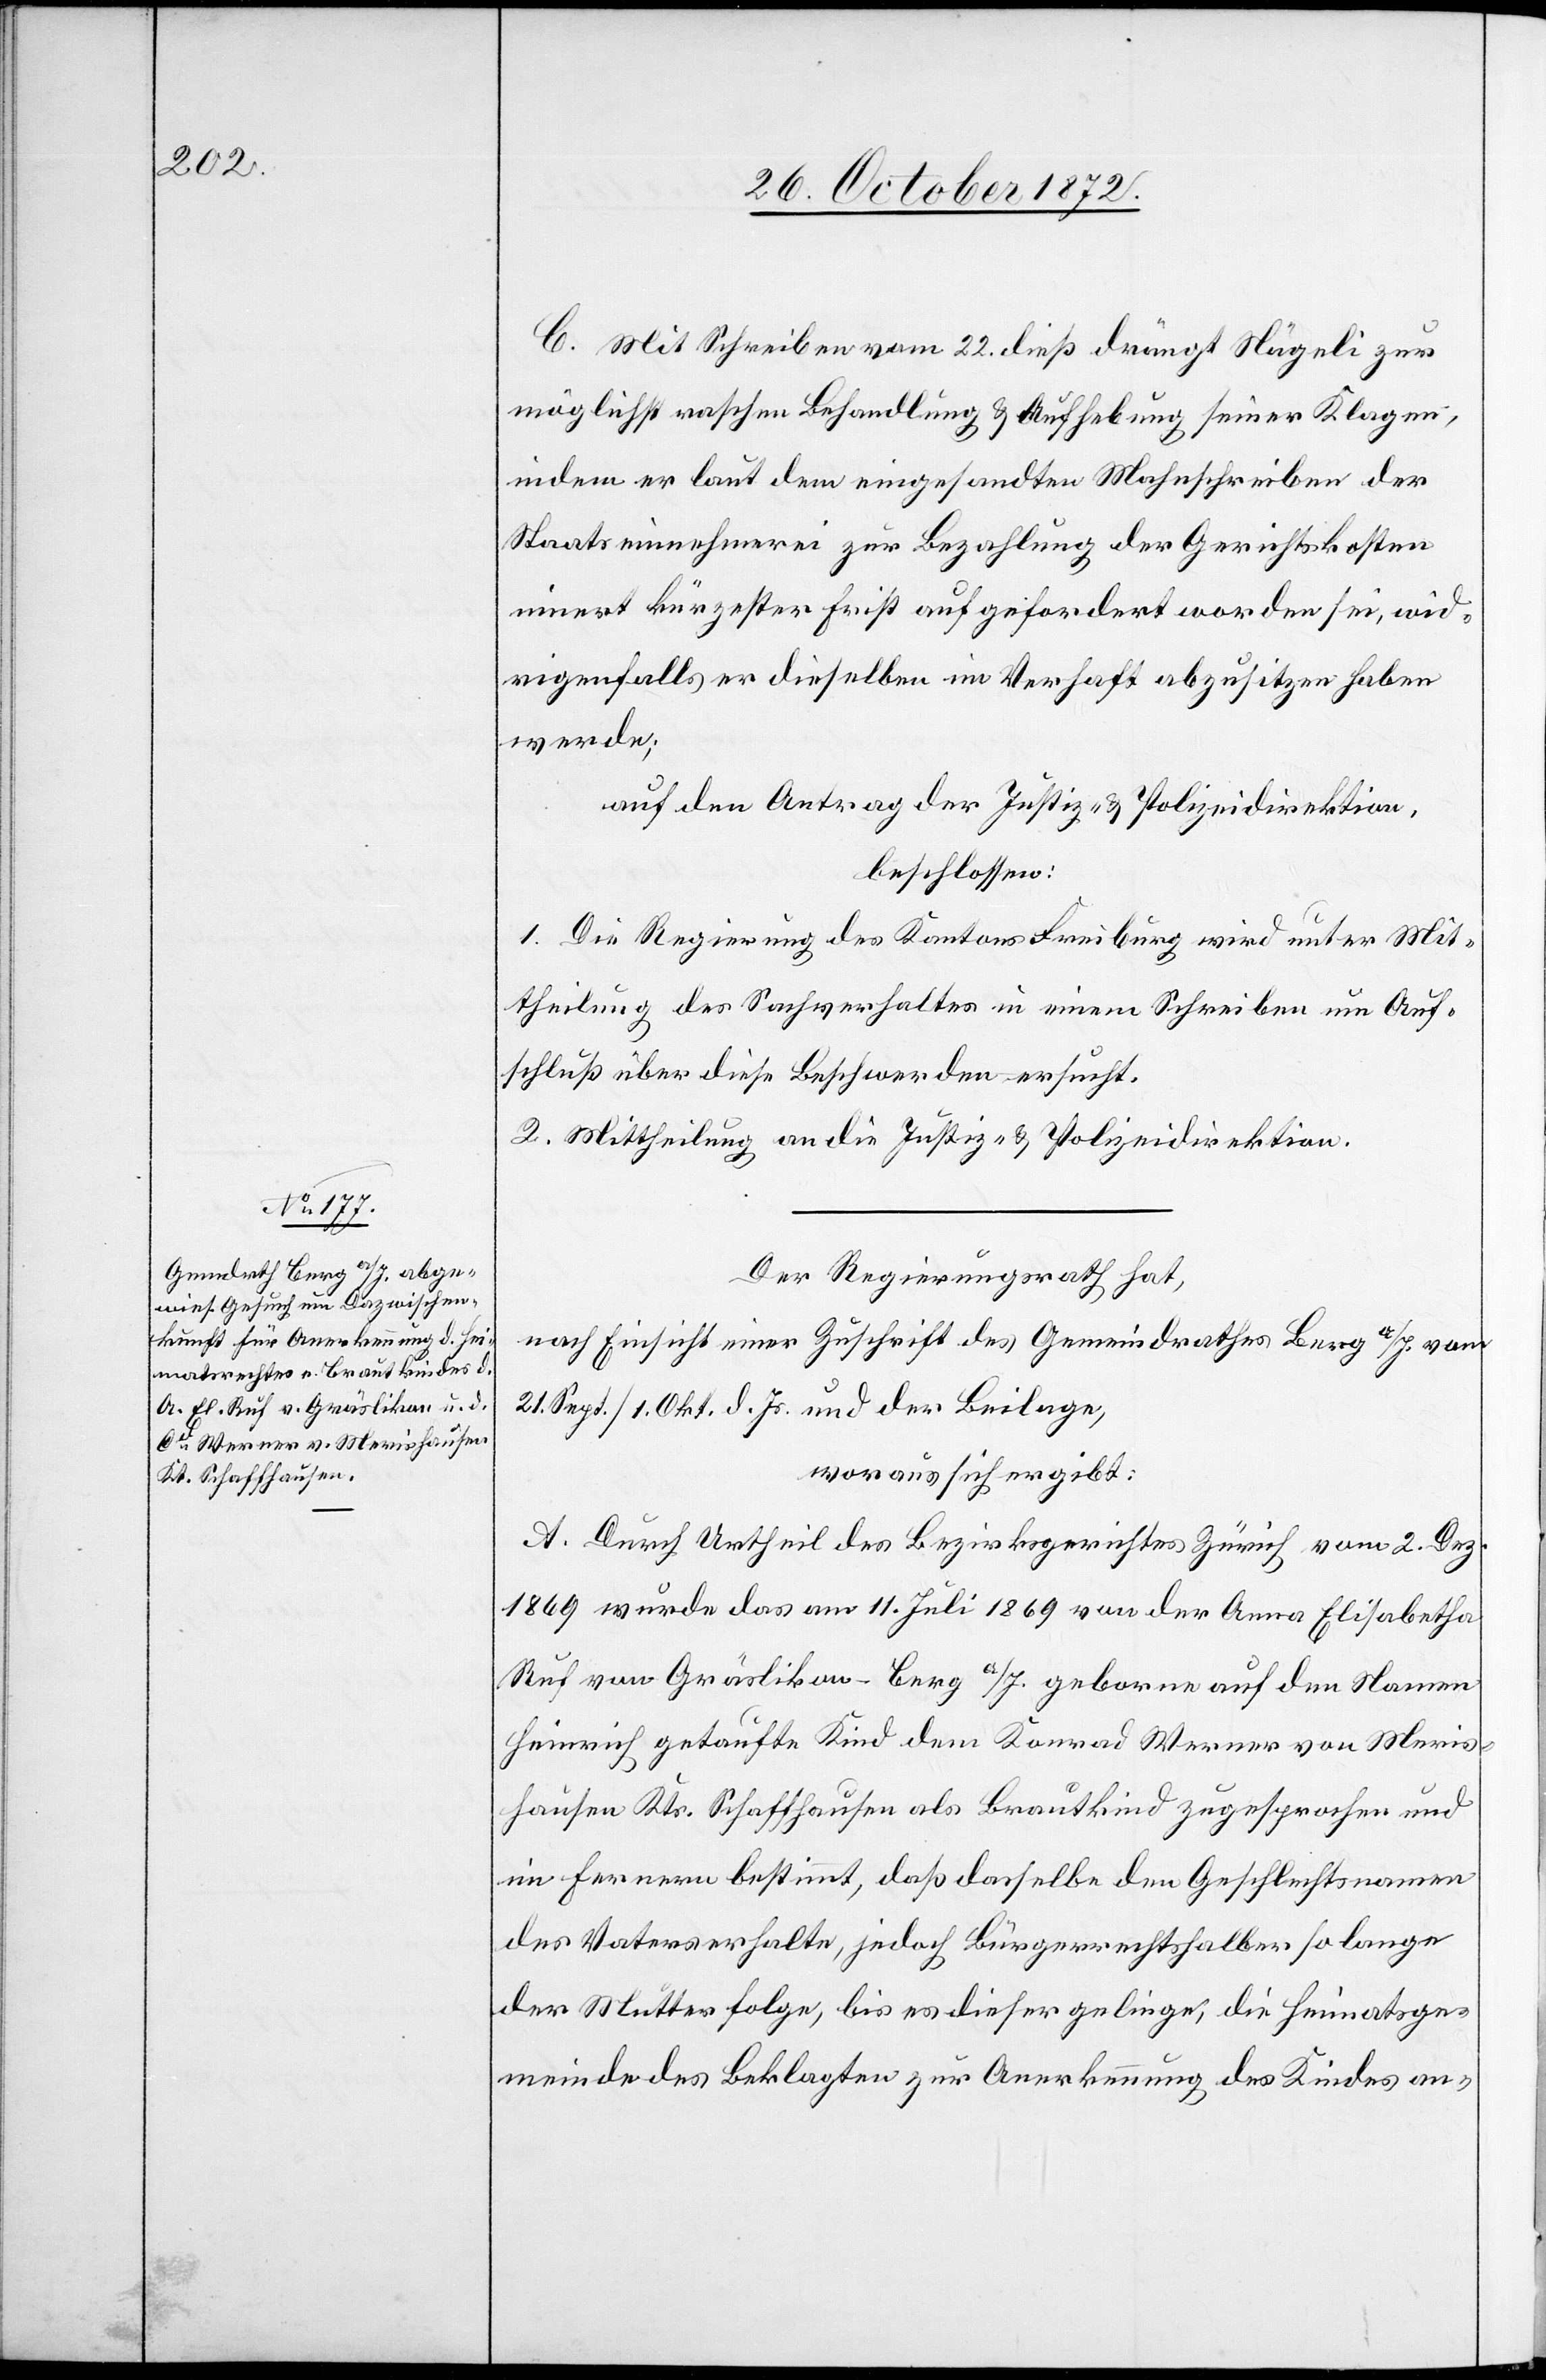
C. Mit Schreiben vom 22. dieß drängt Nägeli zur
möglichst raschen Behandlung u. Aufhebung seiner Klagen,
indem er laut dem eingesandten Mahnschreiben der
Staatseinnehmerei zur Bezahlung der Gerichtskosten
innert kürzester Frist aufgefordert worden sei, wid¬
rigenfalls er dieselben im Verhaft abzusitzen haben
werde;
auf den Antrag der Justiz- u. Polizeidirektion,
beschlossen:
1. Die Regierung des Kantons Freiburg wird unter Mit¬
theilung des Sachverhaltes in einem Schreiben um Auf¬
schluß über diese Beschwerden ersucht.
2. Mittheilung an die Justiz- u. Polizeidirektion.
Der Regierungsrath hat,
nach Einsicht einer Zuschrift des Gemeindrathes Berg a/I. vom
21. Sept./1. Okt. d. Js. und der Beilage,
woraus sich ergibt:
A. Durch Urtheil des Bezirksgerichtes Zürich vom 2. Dez.
1869 wurde das am 11. Juli 1869 von der Anna Elisabetha
Ruf von Gräslikon-Berg a/I. geborne auf den Namen
Heinrich getaufte Kind dem Konrad Werner von Meris¬
hausen Kts. Schaffhausen als Brautkind zugesprochen und
im Fernern bestimmt, daß dasselbe den Geschlechtsnamen
des Vaters erhalte, jedoch Bürgerrechtshalber so lange
der Mutter folge, bis es dieser gelinge, die Heimatsge¬
meinde des Beklagten zur Anerkennung des Kindes an-